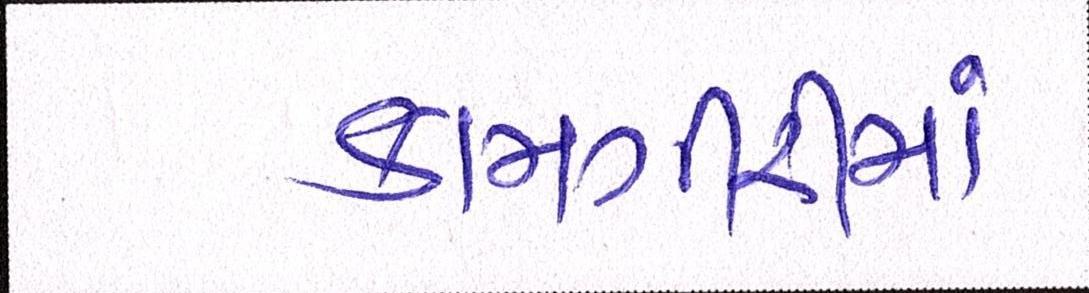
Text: કામગીરીમાં